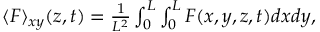
\begin{array} { r } { \langle F \rangle _ { x y } ( z , t ) = \frac { 1 } { L ^ { 2 } } \int _ { 0 } ^ { L } \int _ { 0 } ^ { L } F ( x , y , z , t ) d x d y , } \end{array}